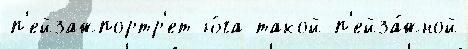
п'ейзажпортр'ет ю́га такой п'ейза́жной